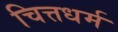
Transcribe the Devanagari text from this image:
चित्तधर्म